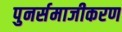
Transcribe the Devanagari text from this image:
पुनर्समाजीकरण